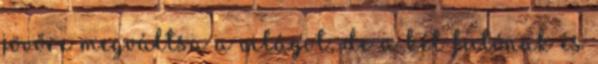
jövőre megváltsa a világot, de a két futónak és